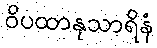
ဝိပထာနုသာရိနံ